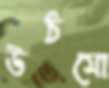
উঠমো